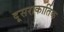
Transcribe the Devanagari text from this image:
दूसराकार्तिक